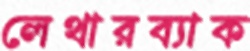
লেথারব্যাক